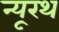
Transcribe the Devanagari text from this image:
न्यूरथ